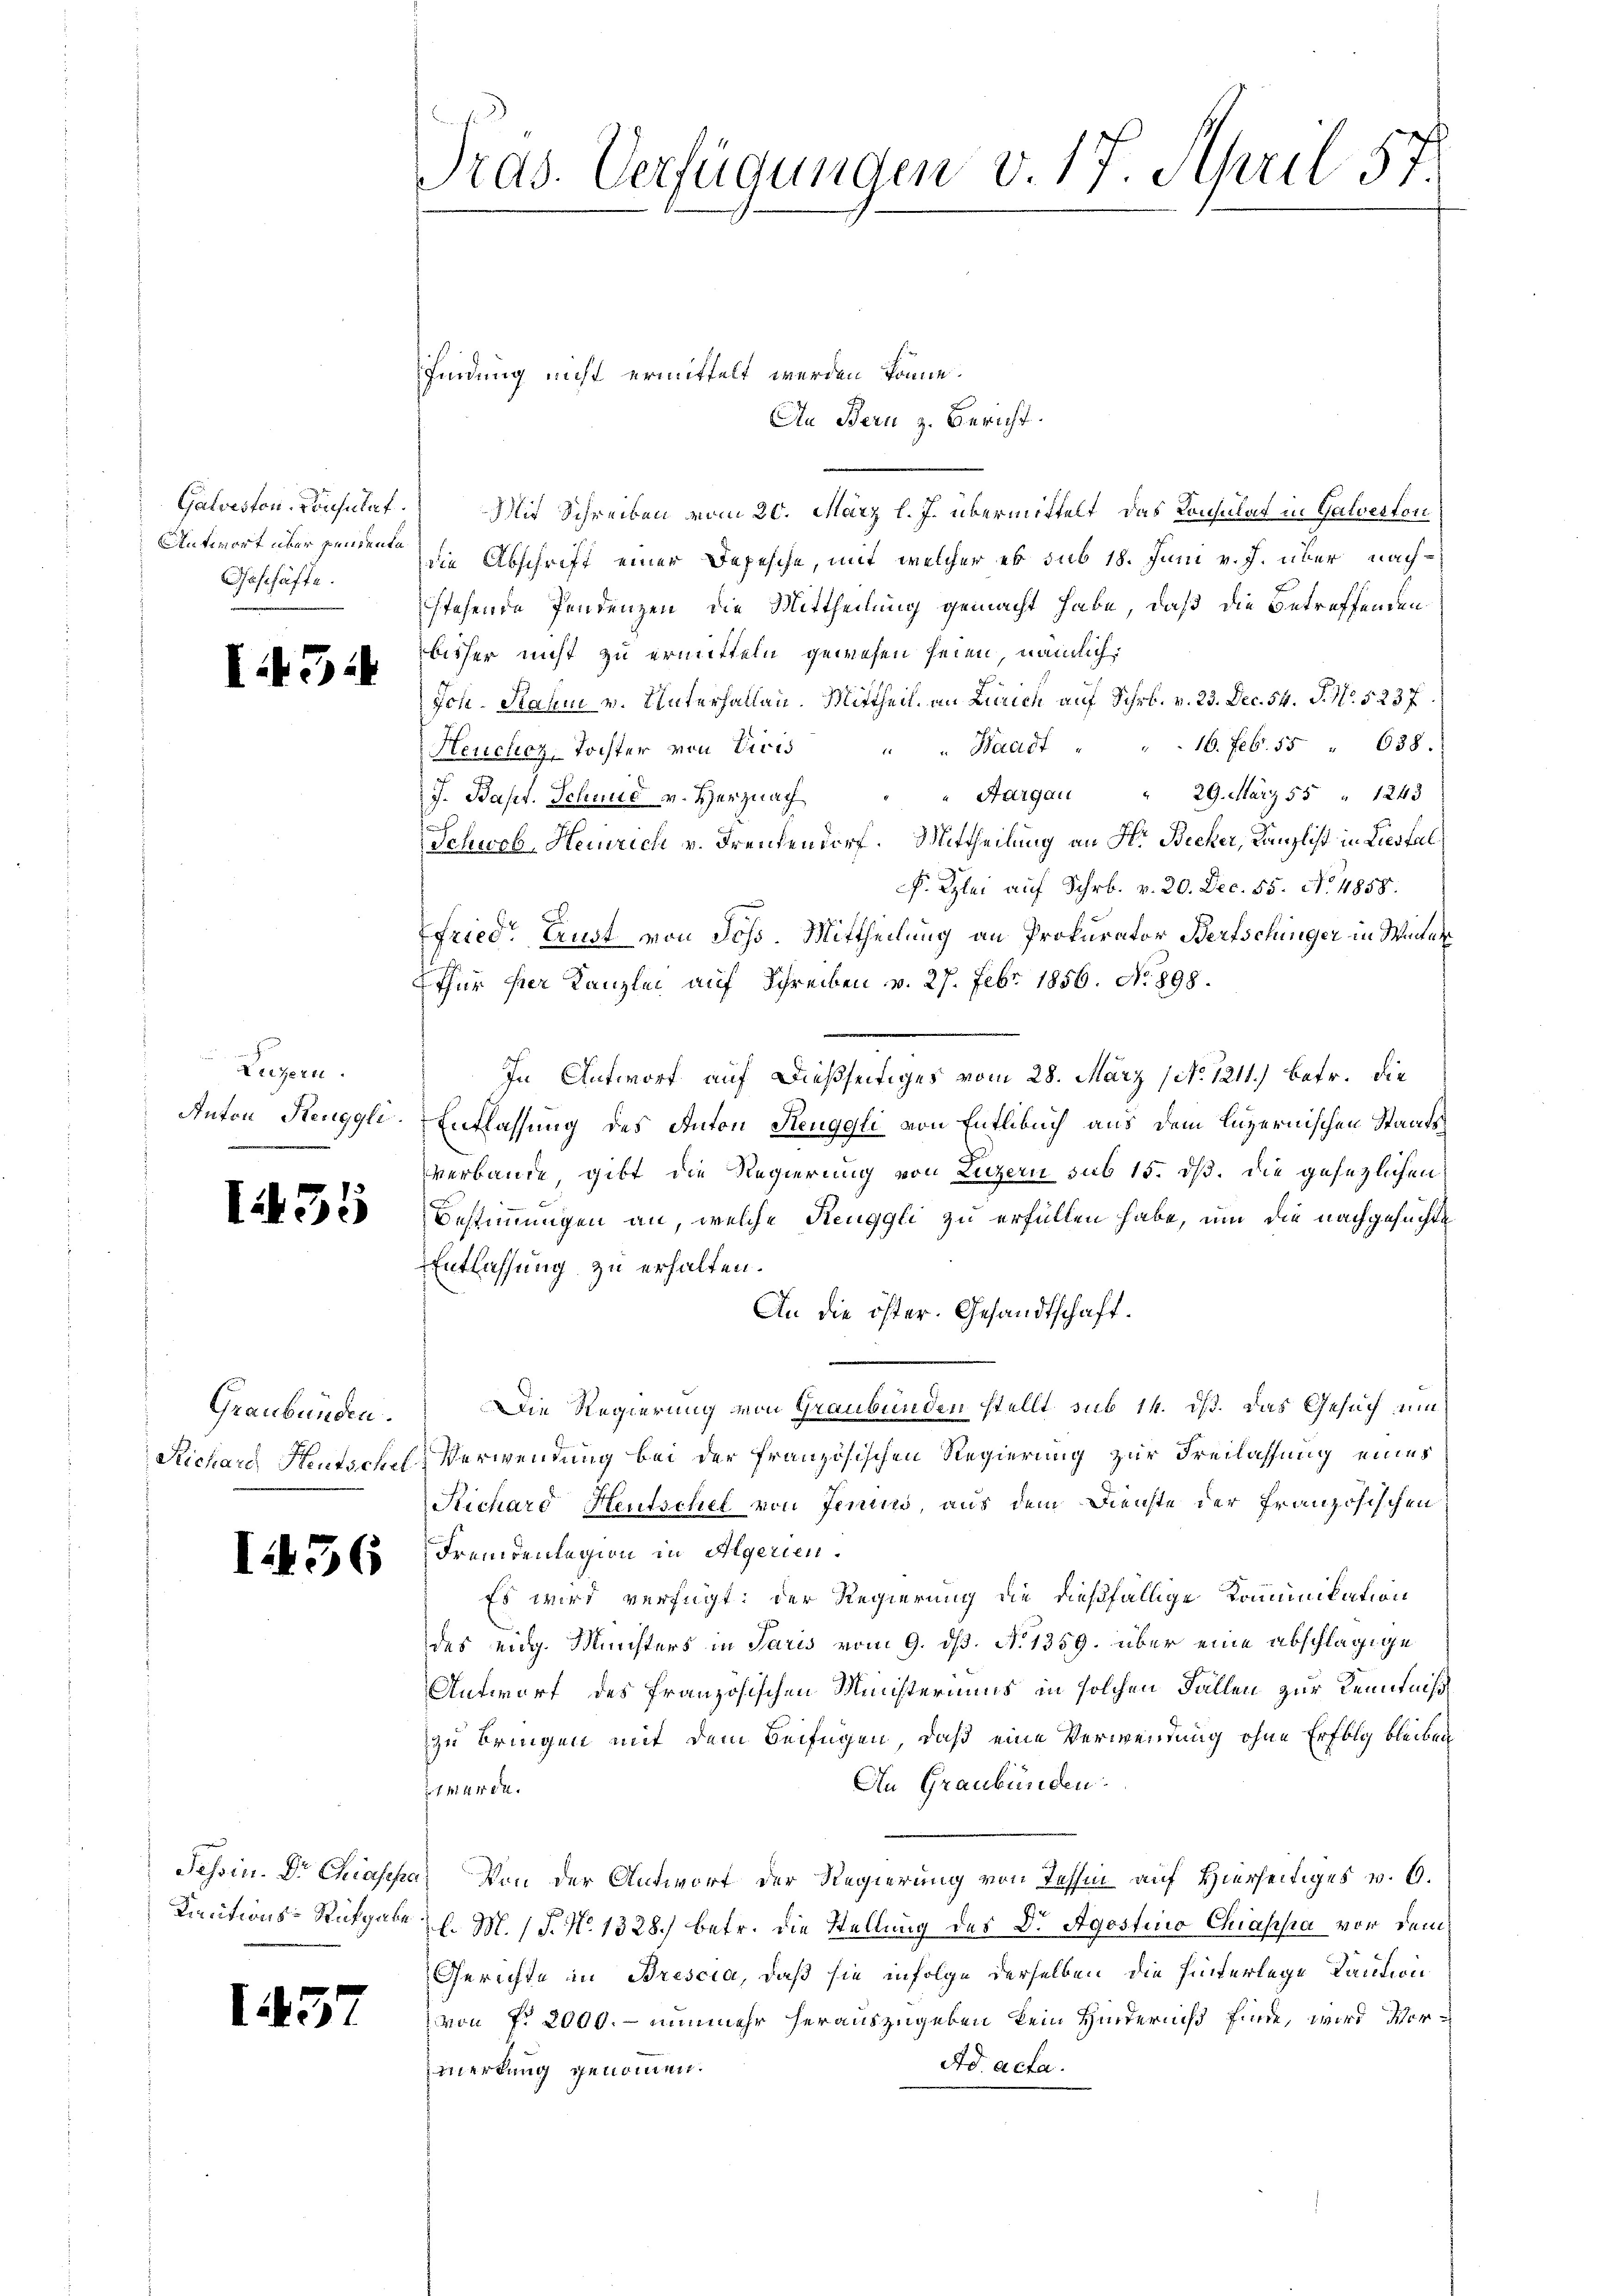
Galveston Konsulat
Antwort über pendente
Geschäfte.

I434

Luzern.
Anton Renggli.

1455

Graubünden.
Richard Heutschel

I 56

findung nicht ermittelt werden könne.
An Bern z. Bericht.
Mit Schreiben vom 20. März l. J. übermittelt, das Consulat in Galverton
die Abschrift einer Depesche, mit welcher es sub 18. Juni v. J. über nachstehende Pendenzen die Mittheilung gemacht habe, daß die Betreffenden
bisher nicht zu ermitteln gewesen seien, nämlich
Ich. Rahme v. Unterhallen. Mittheil an Zürich auf Schr. v. 23. Dec. 54. S. Nr. 5237.
" Waadt . . . 16. Febr. 55 " 638.
Heuchoz, Tochter von Divis
Aargau " 29. März 55 " 1243
J. Bapt. Schmid v. Herznach
Schwab, Heinrich v. Freudendorf. Mittheilung an Hr. Becker, Kanzlist in Liesfal
F. Klei auf Schrb. v. 20. Dec. 85. No. 4858.
Fried. Lust von Johs. Mittheilung an Prokurator Bertschinger in Winter¬
Ethür ser Kanzlei auf Schreiben v. 27. Febr. 1856. No. 898.
In Antwort auf dießseitiges vom 28. März (No. 1211.) Betr. die
Enflassung des Anton Renggli von Entlebuch aus dem Luzernischen Staatsverbande, gibt die Regierung von Luzern sub 15. dß. die gesezlichen
Bestimmungen an, welche Reuggli zu erfüllen habe, um die nachgesuchte
Entlassung zu erhalten.
An die öster. Gesandtschaft.
Die Regierung von Graubünden stellt sub 14. ds. das Gesuch um
Verwendung bei der französischen Regierung zur Freilassung eines
Stichard Heutschel von Jenins, aus dem Dienste der französischen
Fremdenlegion in Algerien.
Es wird verfügt: der Regierung die dießfällige Kommunikation
des eidg. Ministers in Paris vom 9. dß. N. 1359. über eine abschlägige
Antwort des französischen Ministeriums in solchen Fällen zur Kenntniß
zu bringen mit dem Beifügen, daß eine Verwendung ohne Erfolg bleiben
An Graubünden.
thüren.
Tessin. Dr Chiaseha Von der Antwort der Regierung von Tessin auf Hierseitiges v. 6.
Kautions-Rufgabe d. M. (T. N. 1328) betr. die Stellung des Dr. Agostinio Chiassia vor dem
Gerichte in Brescia, daß sie infolge derselben die hinterlege Kaution
von fr 2000. - nunmehr herauszugeben kein Hindernis finde, wird Vor¬
Ad acta.
merkung genommen.

1437

Tras. Verfügungen v. 17. April 57.